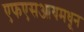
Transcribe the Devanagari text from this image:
एफएसआयमधून